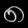
Digit: ၈